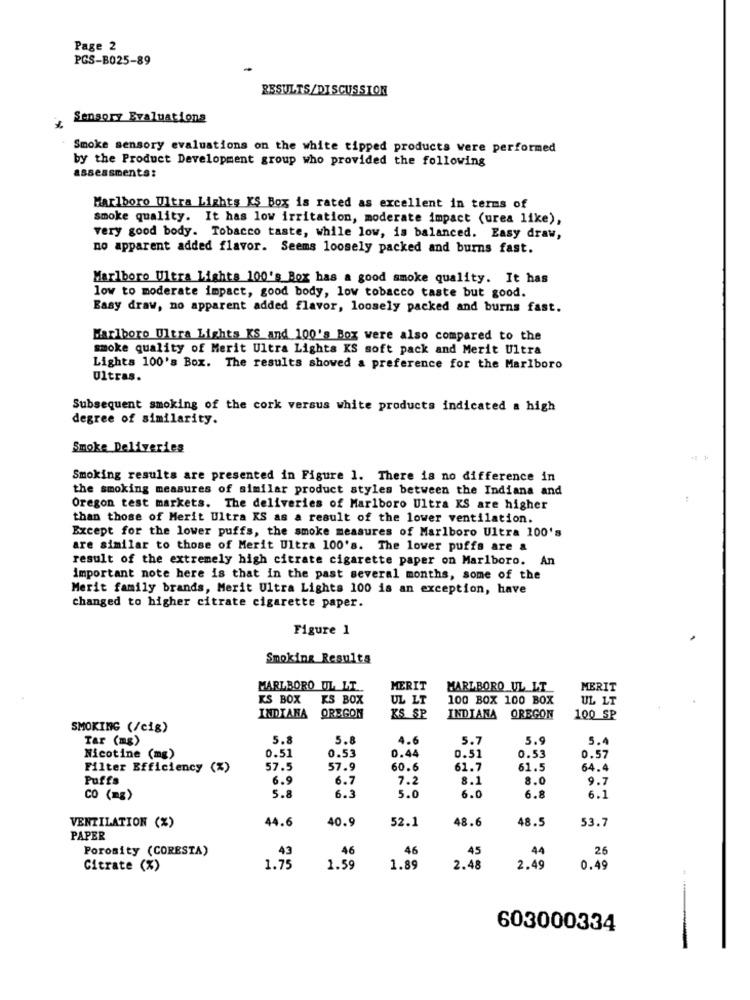
Page 2
PGS-B025-89
RESULTS/DISCUSSION
Sensory Evaluations
Smoke sensory evaluations on the white tipped products were performed
by the Product Development group who provided the following
assessments:
Marlboro Ultra Lights KS Box is rated as excellent in terms of
smoke quality. It has low irritation, moderate impact (urea like),
very good body. Tobacco taste, while low, is balanced. Easy draw,
no apparent added flavor. Seems loosely packed and burns fast.
Marlboro Ultra Lights 100's Box has a good smoke quality. It has
low to moderate impact, good body, low tobacco taste but good.
Easy draw, no apparent added flavor, loosely packed and burns fast.
Marlboro Ultra Lights KS and 100's Box were also compared to the
smoke quality of Merit Ultra Lights KS soft pack and Merit Ultra
Lights 100's Box. The results showed a preference for the Marlboro
Ultras.
Subsequent smoking of the cork versus white products indicated a high
degree of similarity.
Smoke Deliveries
Smoking results are presented in Figure 1. There is no difference in
the smoking measures of similar product styles between the Indiana and
Oregon test markets. The deliveries of Marlboro Ultra KS are higher
than those of Merit Ultra KS as a result of the lower ventilation.
Except for the lower puffs, the smoke measures of Marlboro Ultra 100's
are similar to those of Merit Ultra 100's. The lower puffs are a
result of the extremely high citrate cigarette paper on Marlboro. An
important note here is that in the past several months, some of the
Merit family brands, Merit Ultra Lights 100 is an exception, have
changed to higher citrate cigarette paper.
Figure 1
Smoking Results
MARLBORO UL LT
MERIT
MARLBORO UL LT
MERIT
KS BOX
KS BOX
UL LT
100 BOX 100 BOX
UL LT
INDIANA OREGON
KS SP
INDIANA OREGON
100 SP
SMOKING (/cig)
Tar (mg)
5.8
5.8
4.6
5.7
5.9
5.4
Nicotine (mg)
0.51
0.53
0.44
0.51
0.53
0.57
Filter Efficiency (%)
57.5
57.9
60.6
61.7
61.5
64.4
Puffs
6.9
6.7
7.2
8.1
8.0
9.7
CO (mg)
5.8
6.3
5.0
6.0
6.8
6.1
44.6
40.9
48.6
48.5
53.7
VENTILATION (%)
52.1
PAPER
Porosity (CORESTA)
43
46
46
45
44
26
Citrate (%)
1.75
1.59
1.89
2.48
2.49
0.49
603000334
-